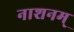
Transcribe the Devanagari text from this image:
नाशनम्‌